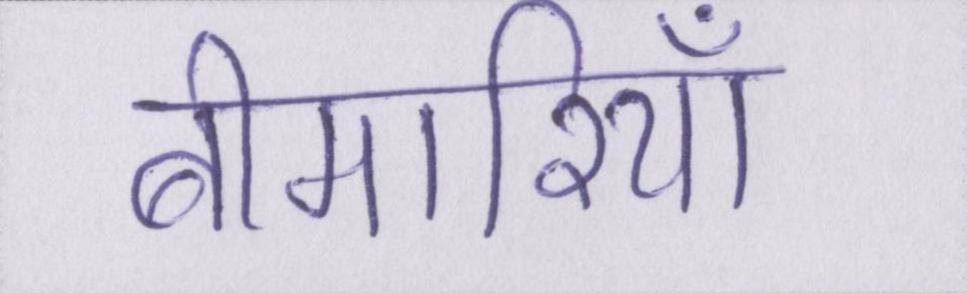
बीमारियाँ